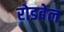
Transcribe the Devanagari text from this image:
रोडबेल